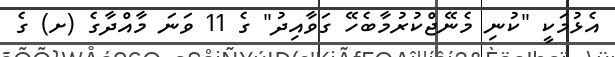
އެޅުމަކީ "ކުނި މެނޭޖްކުރުމާބެހޭ ގަވާއިދު" ގެ 11 ވަނަ މާއްދާގެ (ށ) ގެ